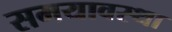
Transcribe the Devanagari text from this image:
समयावस्था